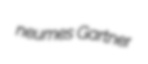
neumes Gartner